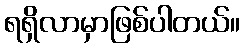
ရရှိလာမှာဖြစ်ပါတယ်။